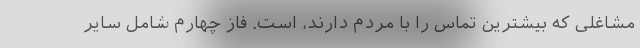
مشاغلی که بیشترین تماس را با مردم دارند، است. فاز چهارم شامل سایر